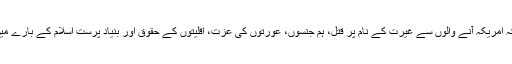
اُس کا یہ بھی کہنا ہے کہ امریکہ آنے والوں سے غیرت کے نام پر قتل، ہم جنسوں، عورتوں کی عزت، اقلیتوں کے حقوق اور بنیاد پرست اسلام کے بارے میں سوال کیے جائیں گے۔